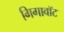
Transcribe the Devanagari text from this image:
गिगावॉट